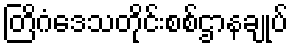
တြိဂံဒေသတိုင်းစစ်ဌာနချုပ်